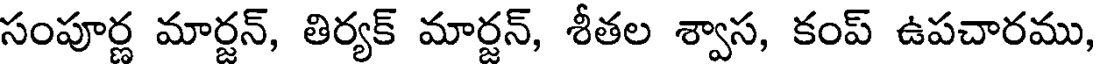
సంపూర్ణ మార్జన్, తిర్యక్ మార్జన్, శీతల శ్వాస, కంప్ ఉపచారము,